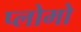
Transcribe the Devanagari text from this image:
प्लोमो